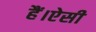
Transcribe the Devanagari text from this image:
हैं।ऐसी